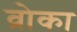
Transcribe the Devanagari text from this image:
व्रोका